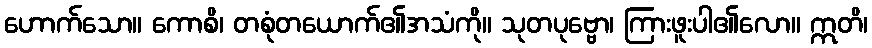
ဟောက်သော။ ကောစိ၊ တစုံတယောက်၏အသံကို။ သုတပုဗ္ဗော၊ ကြားဖူးပါ၏လော။ ဣတိ၊